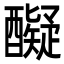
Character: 𮡇